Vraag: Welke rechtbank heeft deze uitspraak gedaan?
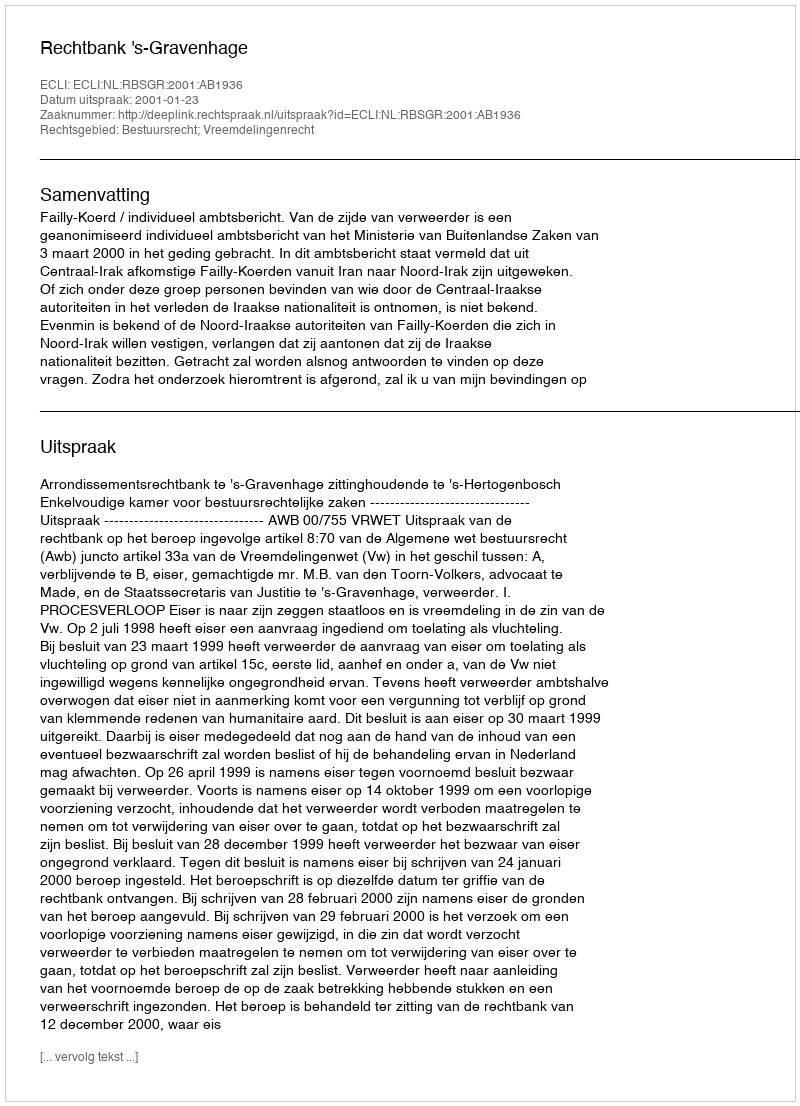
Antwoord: Rechtbank 's-Gravenhage